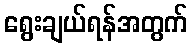
ရွေးချယ်ရန်အတွက်